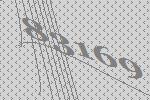
83169